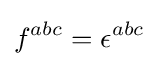
f^{abc}=\epsilon ^{abc}